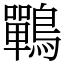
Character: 鷤